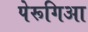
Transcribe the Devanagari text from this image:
पेरूगिआ